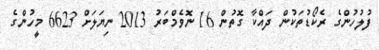
ފުލުހުންގެ ރެކޯޑުތަކުން ދައްކާ ގޮތުން 16 ނޮވެމްބަރު 2013 ނިޔަލަށް 6623 މީހުންގެ